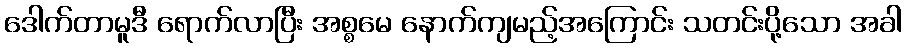
ဒေါက်တာမူဒီ ရောက်လာပြီး အစ္စမေ နောက်ကျမည့်အကြောင်း သတင်းပို့သော အခါ